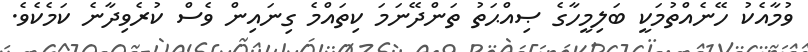
ވުމާއެކު ހޭނެއްތުމަކީ ބަލިމީހާގެ ޞިއްޙަތު ތަންދޭނަމަ ކިތައްމެ ގިނައިން ވެސް ކުރެވިދާނެ ކަމެކެވެ.